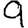
Digit: 9